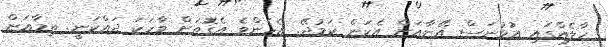
ހާލެއްގައި އުޅުނަސް އޭނާއަށް އެކަން ކަމުދޭ. އެހެންވެ އެގޮތަށް ވާހަކަ ދައްކަނީ. ތިމާއަށް